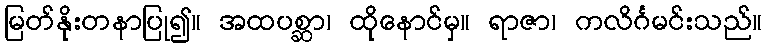
မြတ်နိုးတနာပြု၍။ အထပစ္ဆာ၊ ထိုနောင်မှ။ ရာဇာ၊ ကလိင်္ဂမင်းသည်။